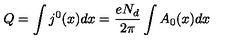
Q = \int j ^ { 0 } ( x ) d x = \frac { e N _ { d } } { 2 \pi } \int A _ { 0 } ( x ) d x